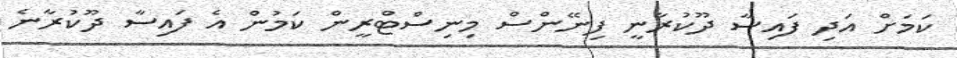
ކަމަށް އަދި ފައިސާ ދޫކުރާނީ ފިނޭންސް މިނިސްޓްރީން ކަމުން އެ ފައިސާ ދޫކުރާނެ